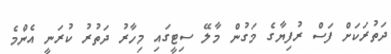
ދަތުރަކަށް ފަސް ރުފިޔާގެ މަގުން މާލޭ ސިޓީގައި މިހާރު ދަތުރު ކުރަނީ އެންމެ